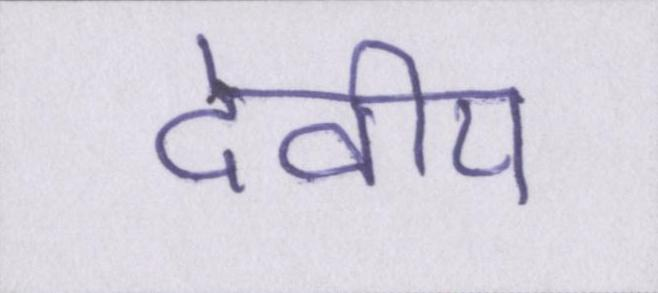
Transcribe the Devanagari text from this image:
देवीय